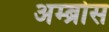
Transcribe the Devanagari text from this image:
अम्ब्रोस